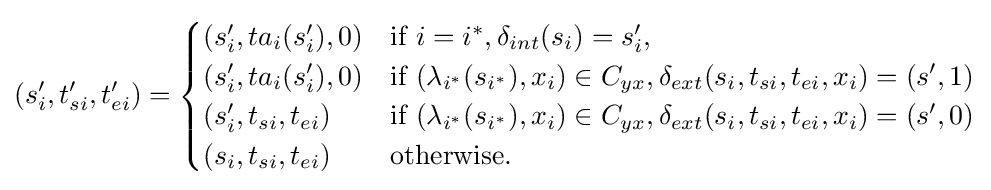
(s_{i}',t_{si}',t_{ei}')={\begin{cases}(s_{i}',ta_{i}(s_{i}'),0)&{\text{if }}i=i^{*},\delta _{int}(s_{i})=s_{i}',\\(s_{i}',ta_{i}(s_{i}'),0)&{\text{if }}(\lambda _{i^{*}}(s_{i^{*}}),x_{i})\in C_{yx},\delta _{ext}(s_{i},t_{si},t_{ei},x_{i})=(s',1)\\(s_{i}',t_{si},t_{ei})&{\text{if }}(\lambda _{i^{*}}(s_{i^{*}}),x_{i})\in C_{yx},\delta _{ext}(s_{i},t_{si},t_{ei},x_{i})=(s',0)\\(s_{i},t_{si},t_{ei})&{\text{otherwise}}.\end{cases}}